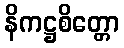
နိကဋ္ဌစိတ္တော